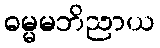
ဓမ္မမဘိညာယ